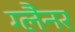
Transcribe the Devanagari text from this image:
ग्लैनर